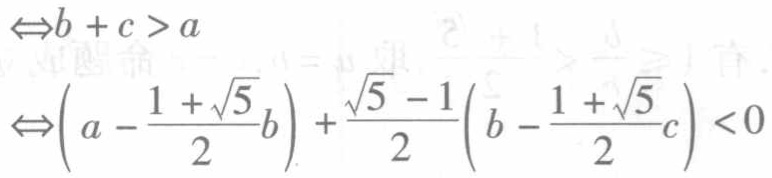
\[\Leftrightarrow b + c > a\]
\[\Leftrightarrow \left(a - \frac{1 + \sqrt{5}}{2}b\right) + \frac{\sqrt{5} - 1}{2}\left(b - \frac{1 + \sqrt{5}}{2}c\right) < 0\]